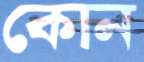
কোন